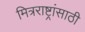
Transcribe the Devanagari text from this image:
मित्रराष्ट्रांसाठी